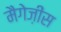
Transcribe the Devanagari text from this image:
मैगेज़ींस